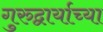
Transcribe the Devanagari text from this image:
गुरुद्वार्याच्या